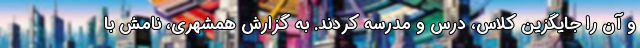
و آن را جایگزین کلاس، درس و مدرسه کردند. به گزارش همشهری، نامش با